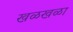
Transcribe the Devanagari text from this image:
खळखळा